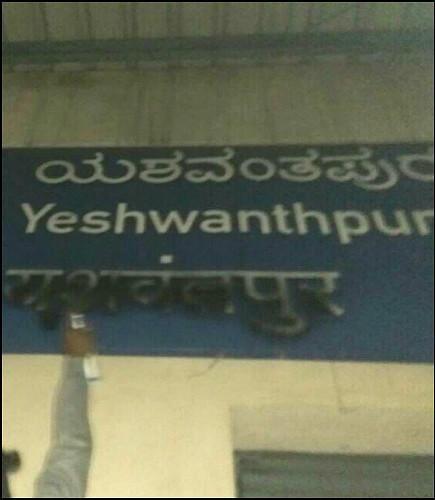
Language: kannada
Transcription: ಯಶವಂತಪುರ